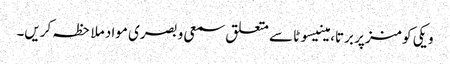
ویکی کومنز پر برتا، مینیسوٹا سے متعلق سمعی و بصری مواد ملاحظہ کریں۔